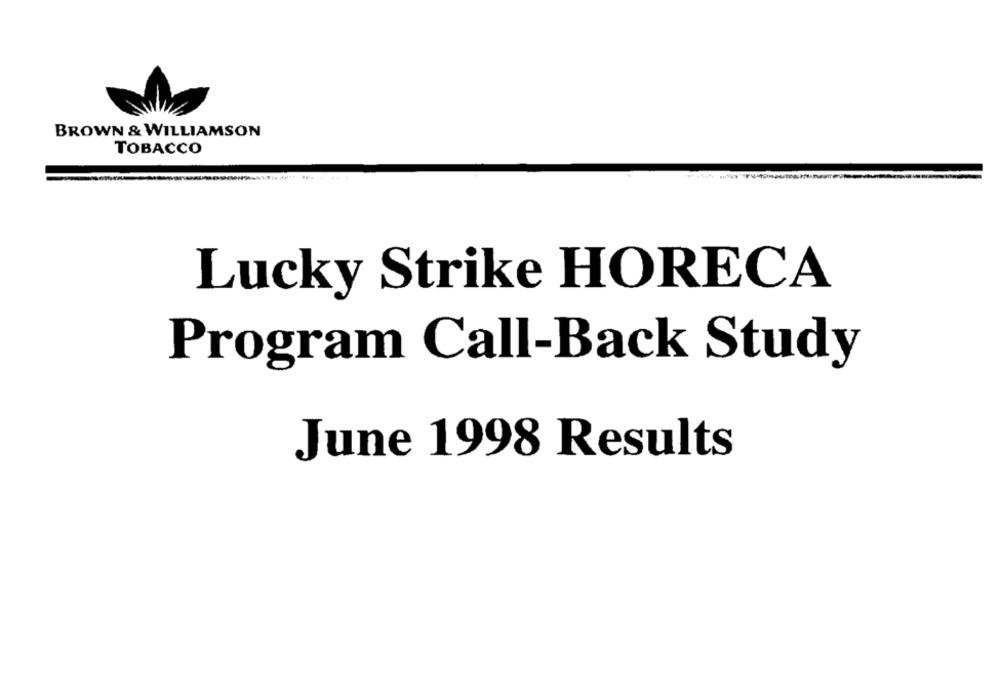
BROWN & WILLIAMSON
TOBACCO
Lucky Strike HORECA
Program Call-Back Study
June 1998 Results